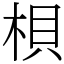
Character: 梖